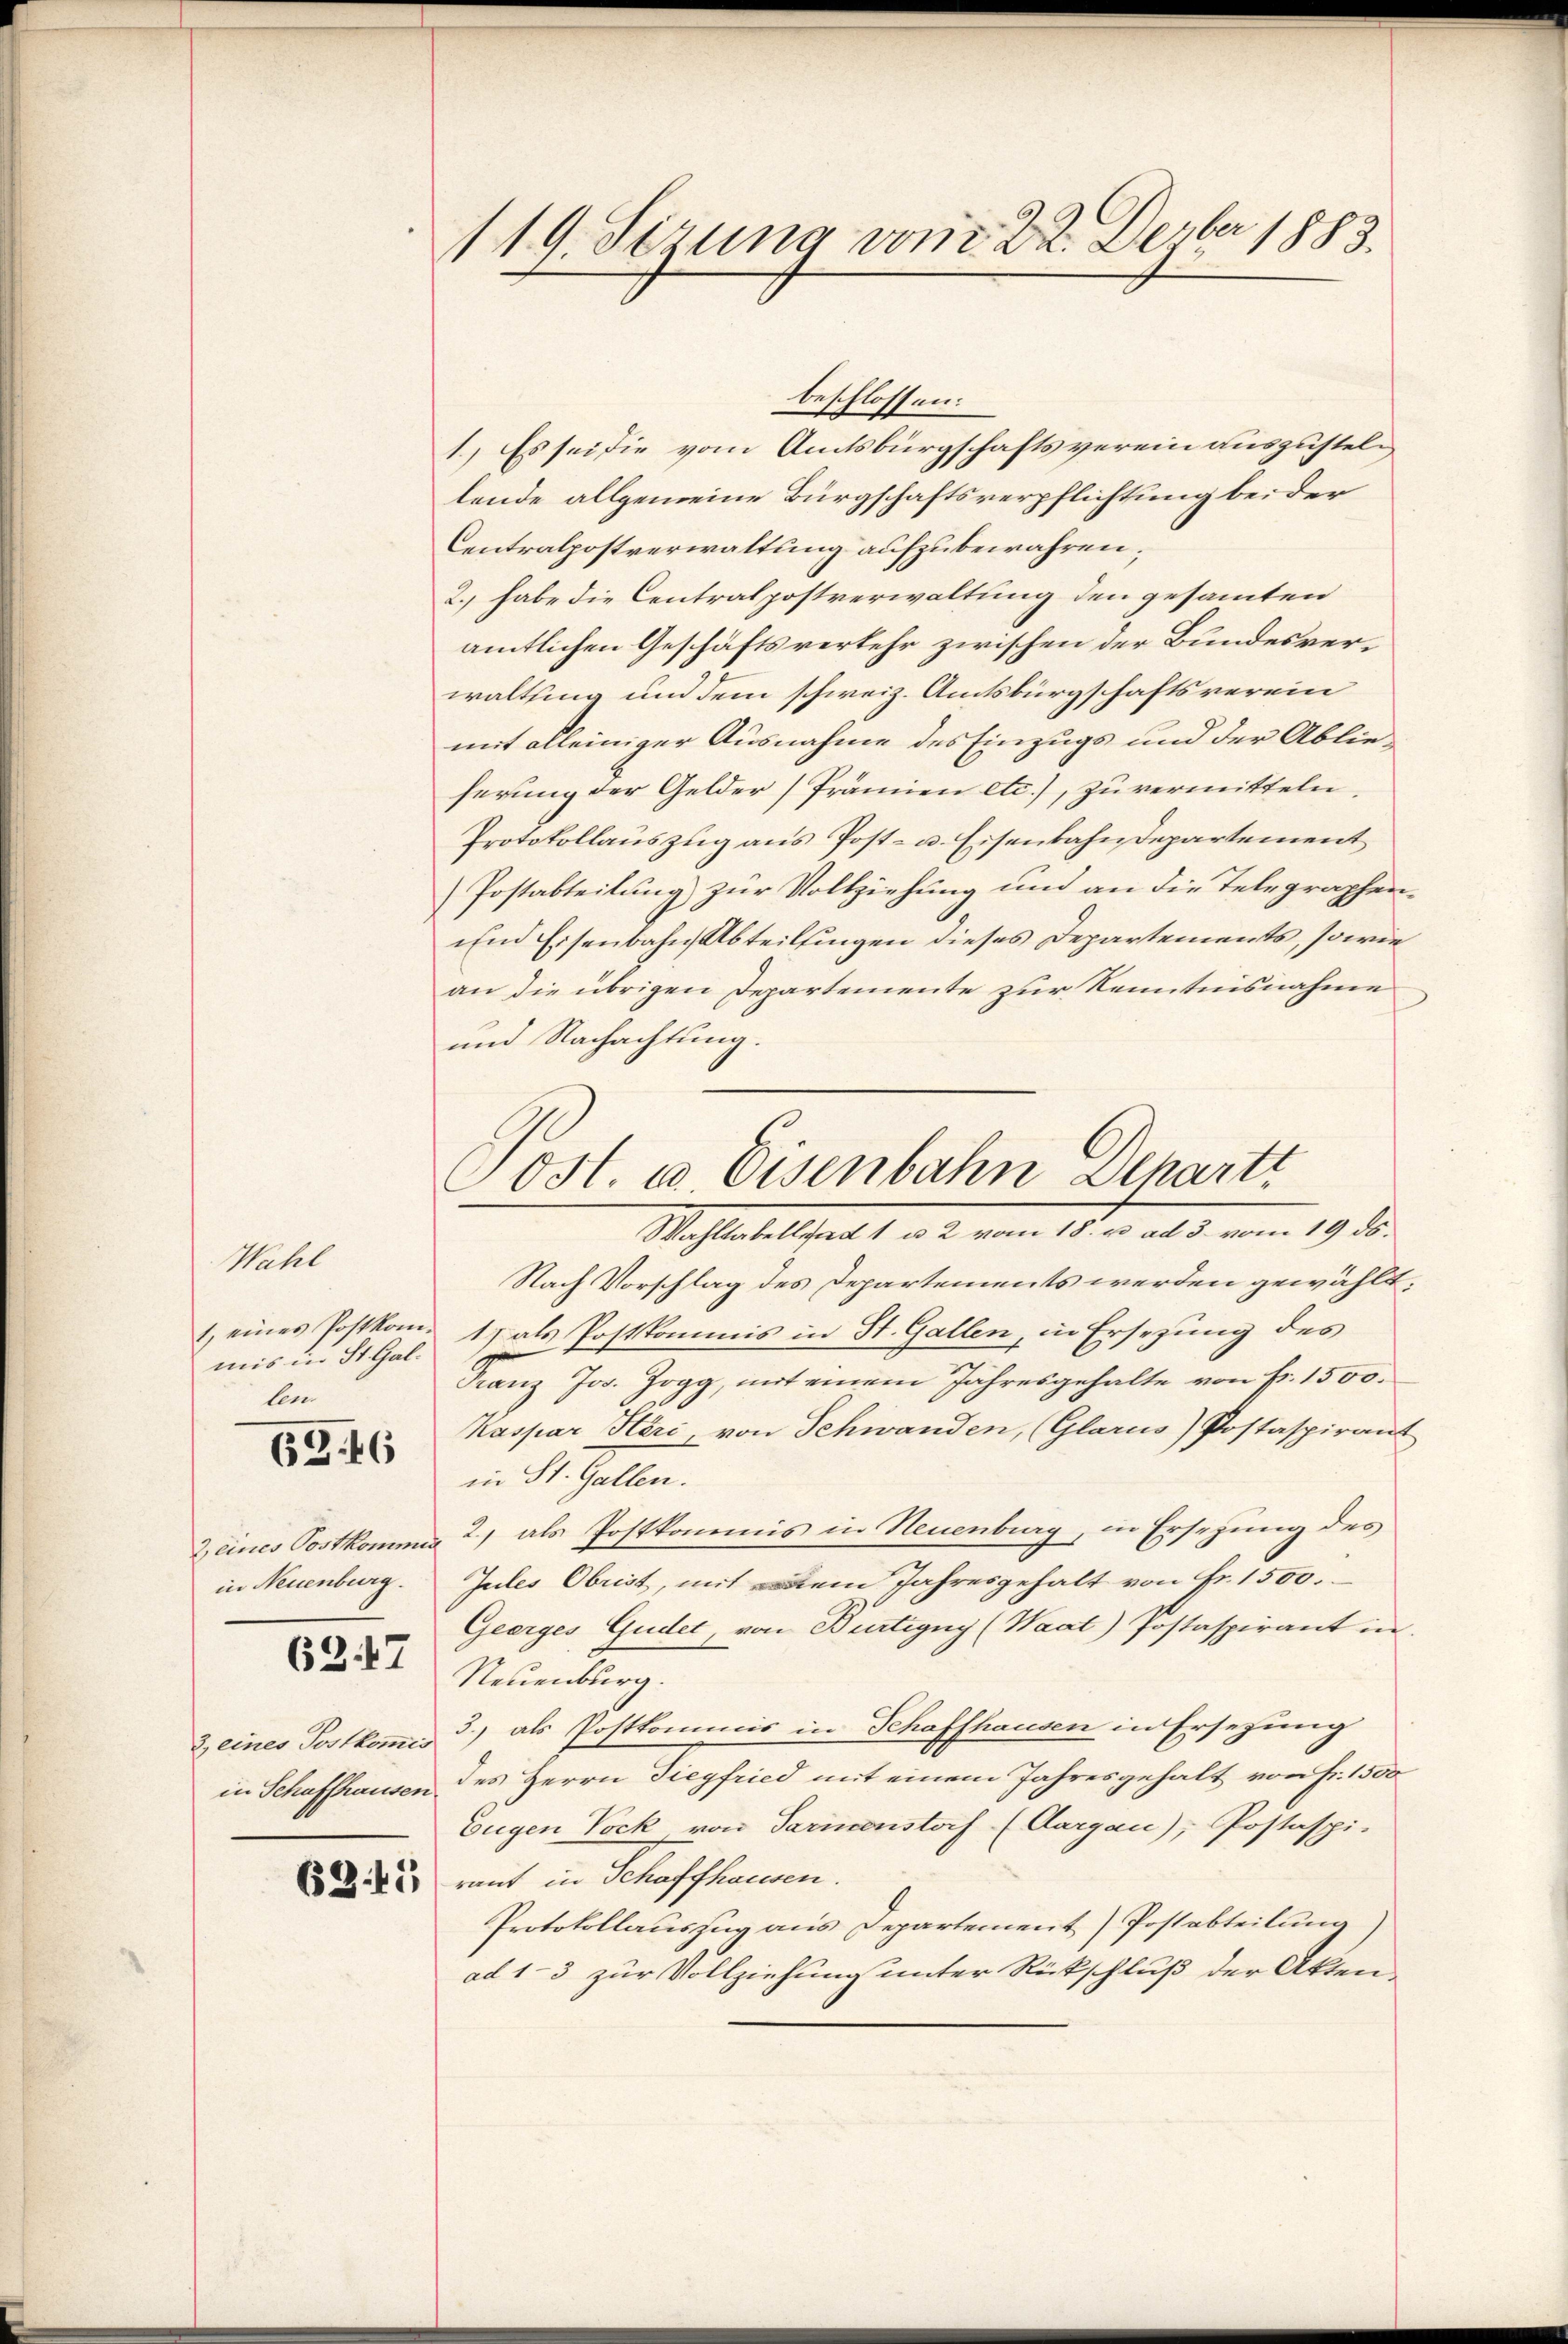
Wahl
mis in St. Gallen
in Neuenburg.
627
2 eines Postkommis

6346

119. Sezung von 22. Derber 1883

beschlossen:
1.) Es sei die vom Amtsbürgschaftsverein auszustellende allgemeine Bürgschaftsverpflichtung bei der
Centralpostverwaltung aufzubewahren,
2.) habe die Centralpostverwaltung den gesammten
amtlichen Geschäftsverkehr zwischen der Bundesverwaltung und dem schweiz. Amtsbürgschaftsverein
mit alleiniger Ausnahme des Einzugs und der Ablieferung der Gelder (Prämien etc.), zu vermitteln,
Protokollauszug aus Post- u. Eisenbahndepartement
Postabteilung zur Vollziehung und an die Telegraphen¬
und Eisenbahn, Abteilungen dieses Departements, sowie
an die übrigen Departemente zur Kenntnisnahme
und Nachachtung.

Sost. u. Eisenbahn Deharti
Wahltabellad 1 u. 2 vom 18. u. ad 3. vom 19. ds.

Nach Vorschlag des Departements werden gewählt:
1 eines Postkom- 1) als Postkommis in St. Gallen, in Ersezung des
Franz Jos. Zogg, mit einem Jahresgehalte von fr. 1500.
Kaspar Höri von Schwanden, (Glarus) Postaspirant
in St. Gallen.
2 eines Postkommis 2) als Postkommis in Neuenburg, in Ersezung des
Jules Obrist, mit dem Jahresgehalt von Fr. 1500.
Gearges, Gudet, von Burtigny (Waat) Postaspirant in
Neuenburg.
3.) als Postkommnis in Schaffhausen in Ersetzung
in Schaffhausen des Herrn Siegfried mit einem Jahresgehalt von Fr. 1500
Eugen Vock, von Parmenstorf (Aargau), Postaspi-
2 mit in Schaffhausen.
Protokollauszug aus Departement) Postabteilung)
ad 13 zur Vollziehung unter Rückschluß der Akten-